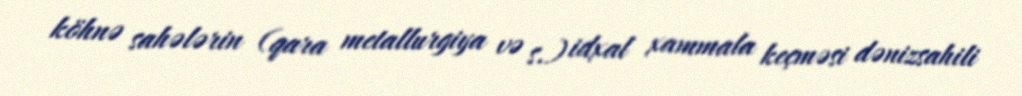
köhnə sahələrin (qara metallurgiya və s.) idxal xammala keçməsi dənizsahili